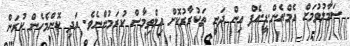
ސަމާލުވުމަށް އެމް.އެން.ޑީ.އެފް އިން ދަނީ ތަކުރާރުކޮށް އިލްތިމާސް ކުރަމުންނެވެ. އަދި ކޮންމެހެން ކުރަން